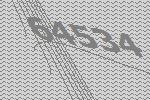
64534